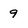
Character: 9